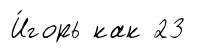
И́горь как 23